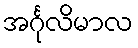
အင်္ဂုလိမာလ